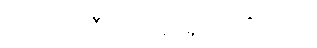
ဘက်ထရီကို ရှော့ရိုက်လိုက်ပါ။